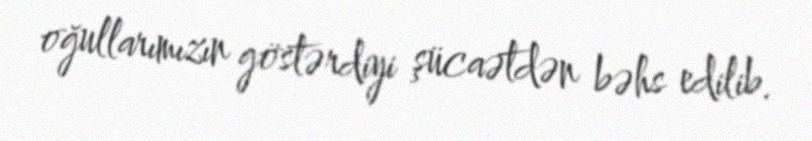
oğullarımızın göstərdiyi şücaətdən bəhs edilib.